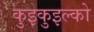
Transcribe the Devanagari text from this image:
कुइकुइल्को